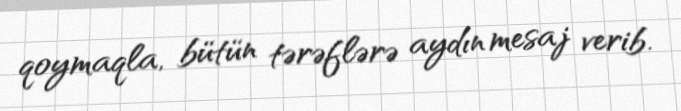
qoymaqla, bütün tərəflərə aydın mesaj verib.